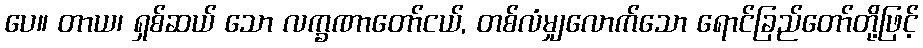
ပေ။ တာယ၊ ရှစ်ဆယ် သော လက္ခဏာတော်ငယ်, တစ်လံမျှလောက်သော ရောင်ခြည်တော်တို့ဖြင့်